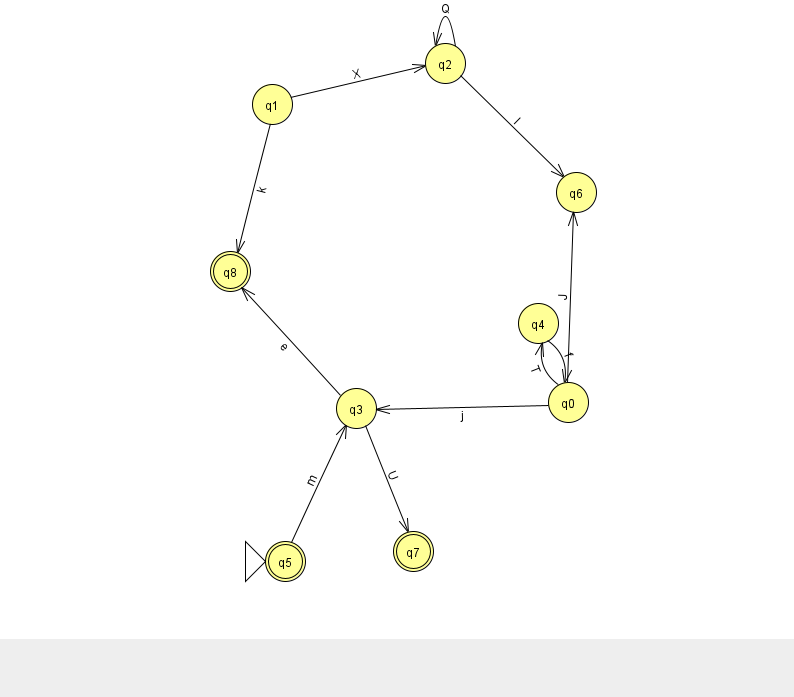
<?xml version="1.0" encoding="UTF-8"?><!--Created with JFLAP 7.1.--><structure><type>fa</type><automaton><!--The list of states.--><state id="0" name="q0"><x>568.0</x><y>389.0</y></state><state id="1" name="q1"><x>272.0</x><y>91.0</y></state><state id="2" name="q2"><x>445.0</x><y>50.0</y></state><state id="3" name="q3"><x>356.0</x><y>395.0</y></state><state id="4" name="q4"><x>538.0</x><y>310.0</y></state><state id="5" name="q5"><x>285.0</x><y>548.0</y><initial/><final/></state><state id="6" name="q6"><x>576.0</x><y>179.0</y></state><state id="7" name="q7"><x>413.0</x><y>538.0</y><final/></state><state id="8" name="q8"><x>230.0</x><y>258.0</y><final/></state><!--The list of transitions.--><transition><from>4</from><to>0</to><read>f</read></transition><transition><from>2</from><to>2</to><read>Q</read></transition><transition><from>0</from><to>4</to><read>T</read></transition><transition><from>1</from><to>8</to><read>k</read></transition><transition><from>5</from><to>3</to><read>m</read></transition><transition><from>0</from><to>6</to><read>J</read></transition><transition><from>3</from><to>7</to><read>U</read></transition><transition><from>1</from><to>2</to><read>X</read></transition><transition><from>2</from><to>6</to><read>l</read></transition><transition><from>3</from><to>8</to><read>e</read></transition><transition><from>0</from><to>3</to><read>j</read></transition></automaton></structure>